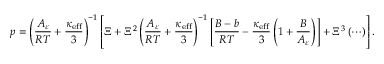
p = \left( \frac { A _ { \varepsilon } } { R T } + \frac { \kappa _ { \mathrm { e f f } } } { 3 } \right) ^ { - 1 } \left[ \Xi + \Xi ^ { 2 } \left( \frac { A _ { \varepsilon } } { R T } + \frac { \kappa _ { \mathrm { e f f } } } { 3 } \right) ^ { - 1 } \left[ \frac { B - b } { R T } - \frac { \kappa _ { \mathrm { e f f } } } { 3 } \left( 1 + \frac { B } { A _ { \varepsilon } } \right) \right] + \Xi ^ { 3 } \left( \cdots \right) \right] .